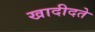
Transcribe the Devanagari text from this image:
खादीदते